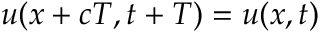
u ( x + c T , t + T ) = u ( x , t )